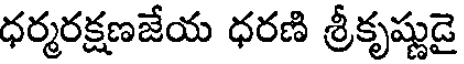
ధర్మరక్షణజేయ ధరణి శ్రీకృష్ణుడై